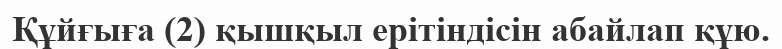
Құйғыға (2) қышқыл ерітіндісін абайлап құю.